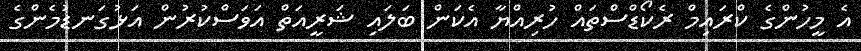
އެ މީހުންގެ ކްރައިމް ރެކޯޑްސްތައް ހުރިއްޔާ އެކަން ބަލައި ޝަރީއަތް އަވަސްކުރުން އަޅުގަނޑުމެންގެ